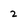
Character: 2